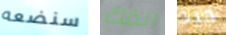
سنضعه الفك جيد